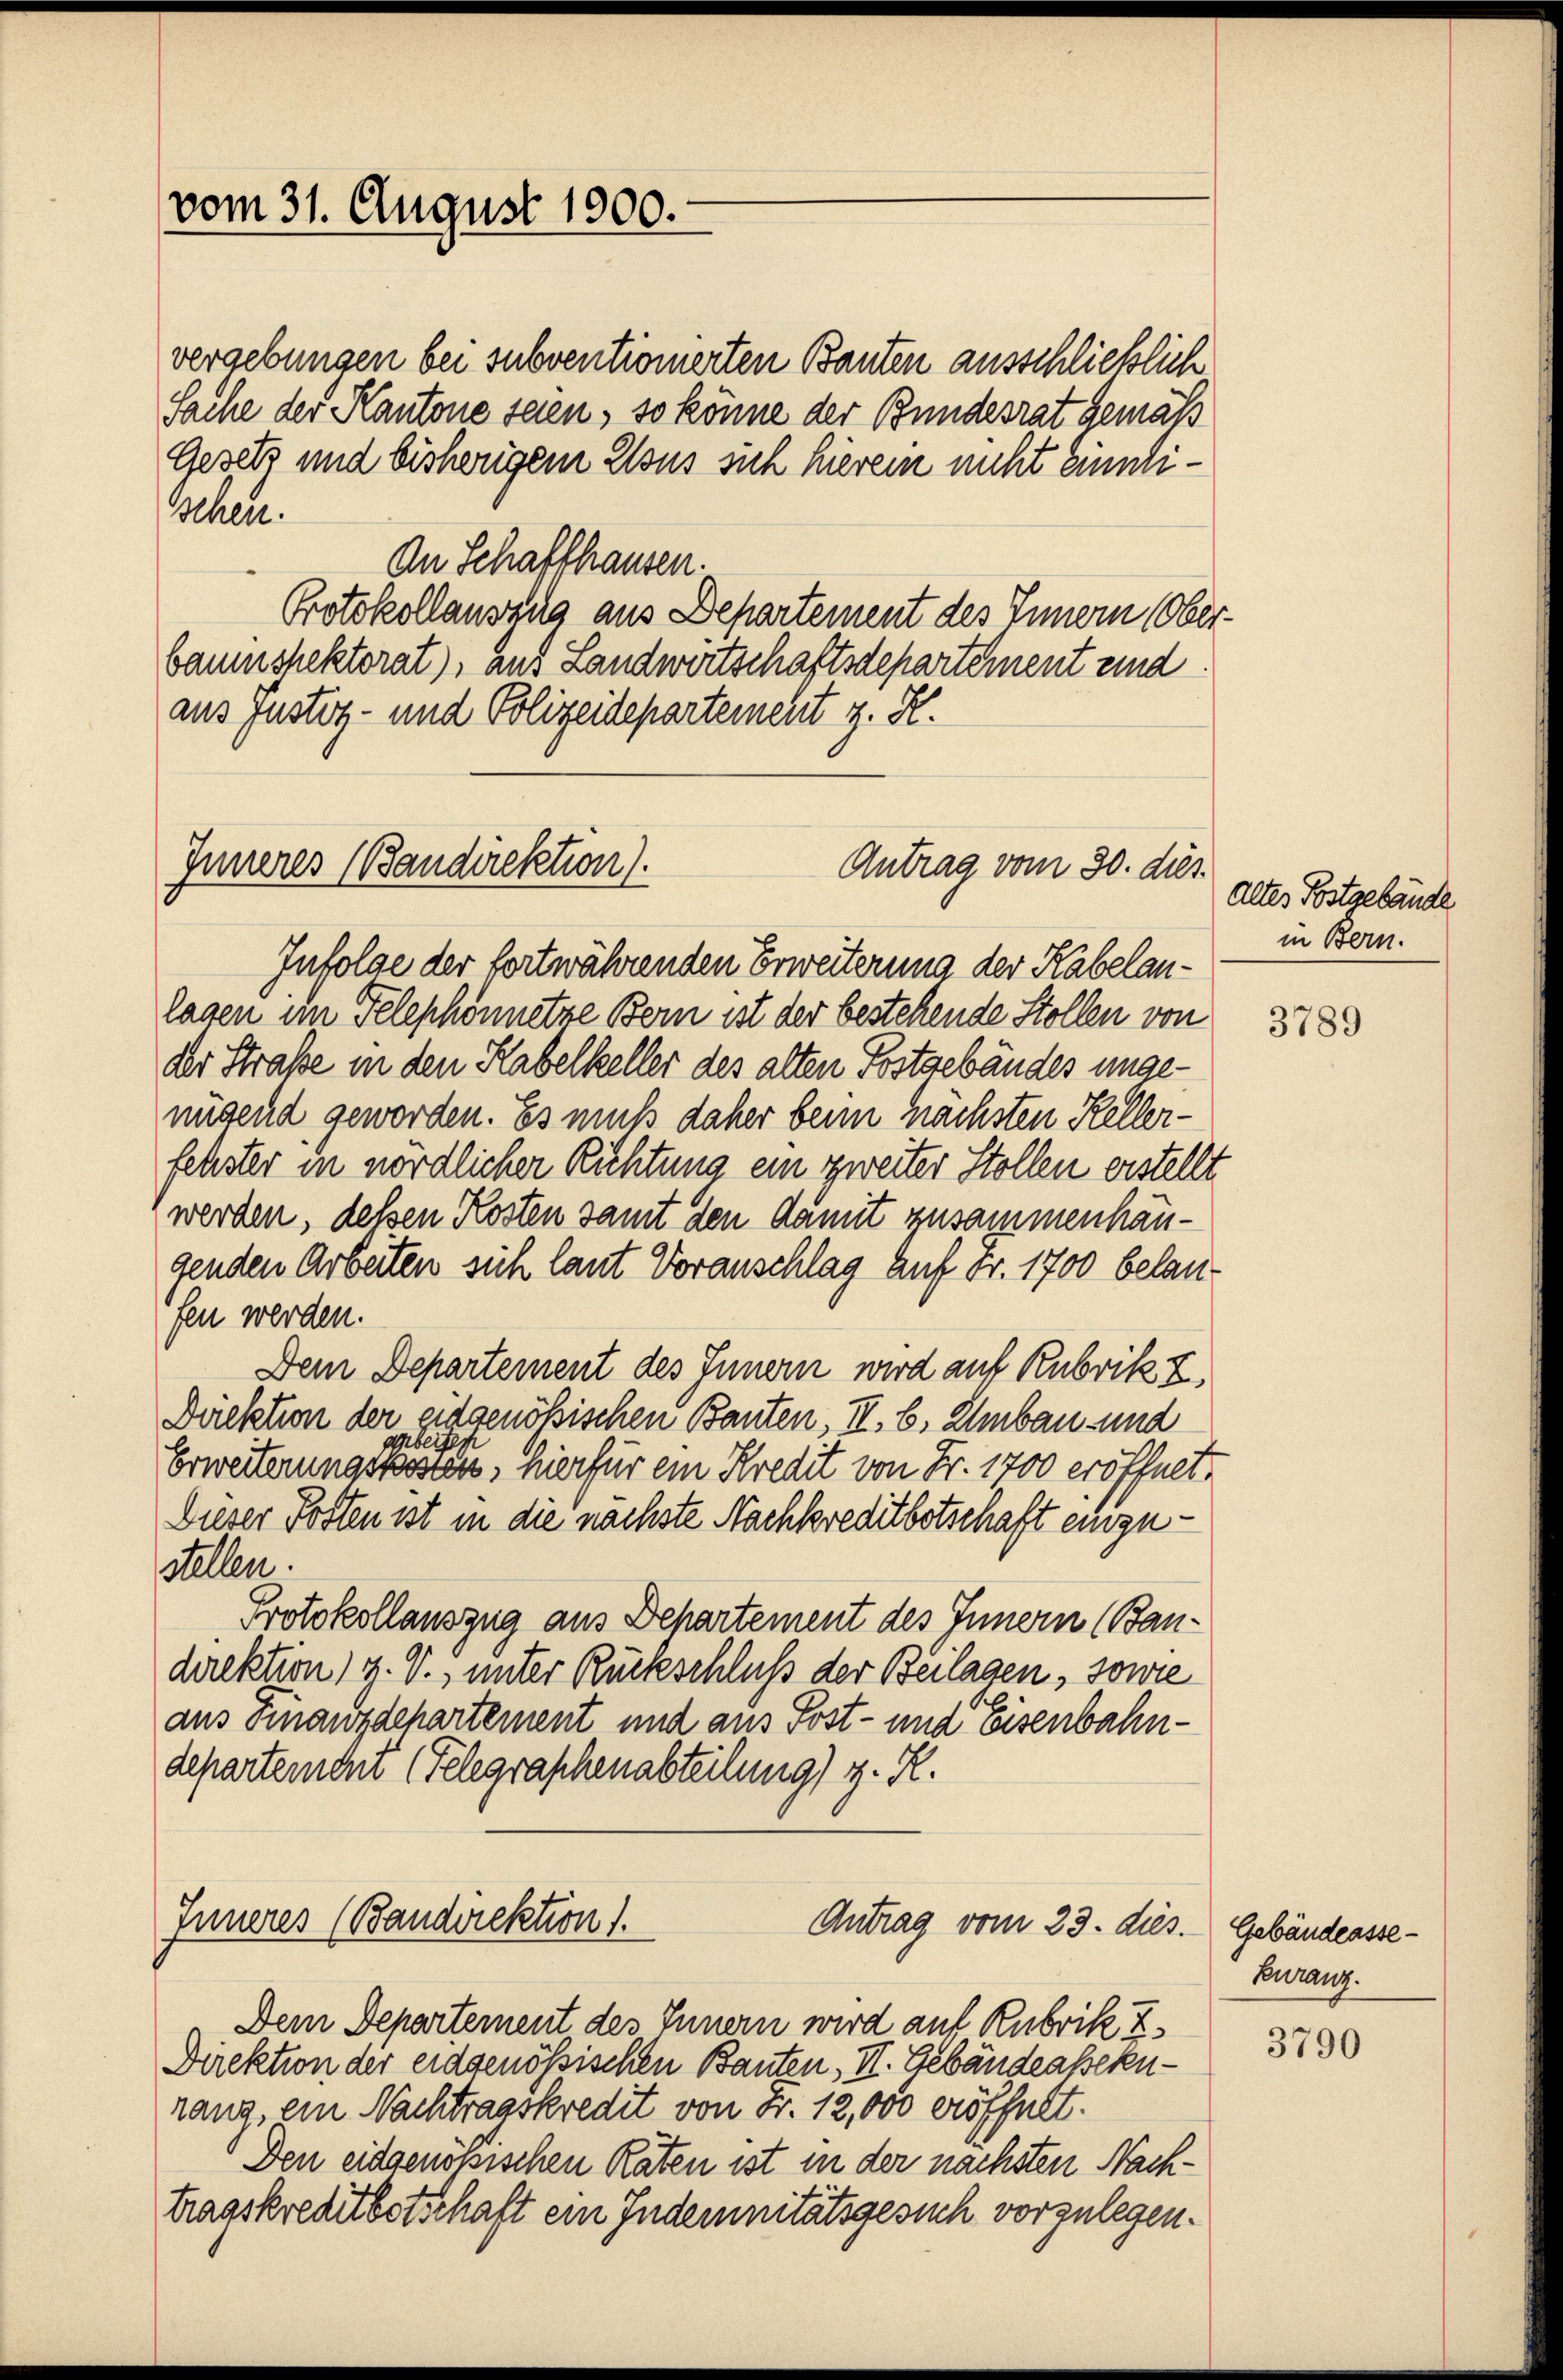
vergebungen bei subventionierten Bauten ausschließlich
Sache der Kantone seien, so könne der Bundesrat gemäß
Gesetz und bisherigem Elsus sich hierein nicht einnischen.
An Schaffhausen.
Protokollausung aus Departement des Innern (Ober-
baumshektorat), und Landwirtschaftsdepartement und
aus Justiz- und Polizeidepartement z. K.

vom 31. August 1900.

Inneres (Bandirektion).
Antrag vom 30. dies

Infolge der fortwährenden Erweiterung der Kabelanlagen im Telephonnetze Bern ist der bestehende Stollen von
der Straße in den Kabelkeller des alten Postgebäudes ungenügend geworden. Es muß daher beim nächsten Kellerfehster in nördlicher Richtung ein zweiter Stollen erstellt
werden, deßen Kosten samt den Damit zusammenhäugenden Arbeiten sich laut Voranschlag auf Fr. 1700 belan-
fen werden.
Dem Departement des Innern wird auf Rubrik Z.
Direktion der eidgenößischen Bauten, II. b. Umbau und
Erweiterung der es seiner hier für ein Kredit von Fr. 1700 eröffnet.
Dieser Posten ist in die nächste Nachkreditbotschaft einzustellen.
Protokollauszug aus Departement des Innern (Bandirektion) g. T., unter Rückschluß der Beilagen, sowie
aus Finanzdepartement und aus Post- und Eisenbahndepartemont (Telegraphenabteilung) z. R.
Inneres (Bandirektion).
Antrag vom 23. dies. Gebäudessse¬
Dem Departement des Innern wird auf Rubrik Z
Direktion der eidgenössischen Bauten, II. Gebäudeassekurang, ein Nachtragskredit von Fr. 12,000 eröffelt.
Den eidgenößischen Raten ist in der nächsten Nachtragskreditbotschaft ein Indemnitätsgesuch vorzulegen.

Altes Postgebäude
in Bern.

3789

Euranz.

3790